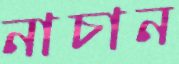
নাচান